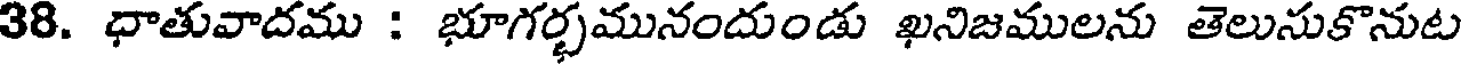
38. ధాతువాదము : భూగర్భమునందుండు ఖనిజములను తెలునుకొనుట